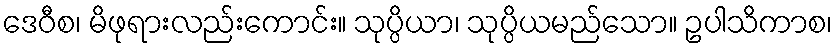
ဒေဝီစ၊ မိဖုရားလည်းကောင်း။ သုပ္ပိယာ၊ သုပ္ပိယမည်သော။ ဥပါသိကာစ၊